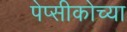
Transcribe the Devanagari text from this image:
पेप्सीकोच्या